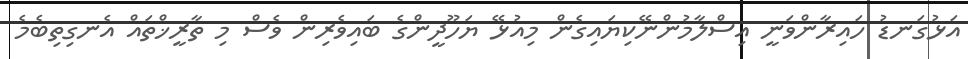
އަޅުގަނޑު ހައިރާންވަނީ އިސްލާމުންނޭކިޔައިގެން މިއުޅޭ ޔަހޫދީންގެ ބައިވެރިން ވެސް މި ތާރީޚްތައް އެނގިތިބެމެ